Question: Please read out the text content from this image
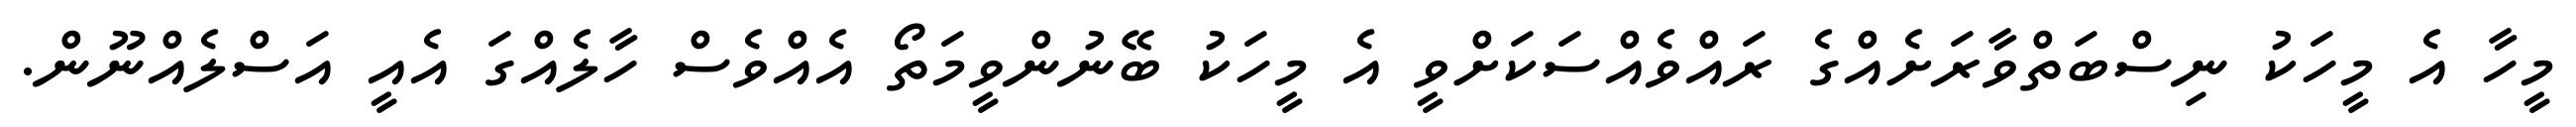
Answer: މީހާ އެ މީހަކު ނިސްބަތްވާރަށެއްގެ ރައްވެއްސަކަށްވީ އެ މީހަކު ބޭނުންވީމަތޯ އެއްވެސް ހާލެއްގަ އެއީ އަސްލެއްނޫން.